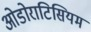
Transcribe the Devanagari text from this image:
ओडोराटिसियम